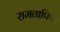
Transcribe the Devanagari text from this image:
रामतापिण